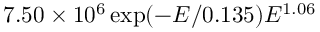
7 . 5 0 \times 1 0 ^ { 6 } \exp ( - E / 0 . 1 3 5 ) E ^ { 1 . 0 6 }